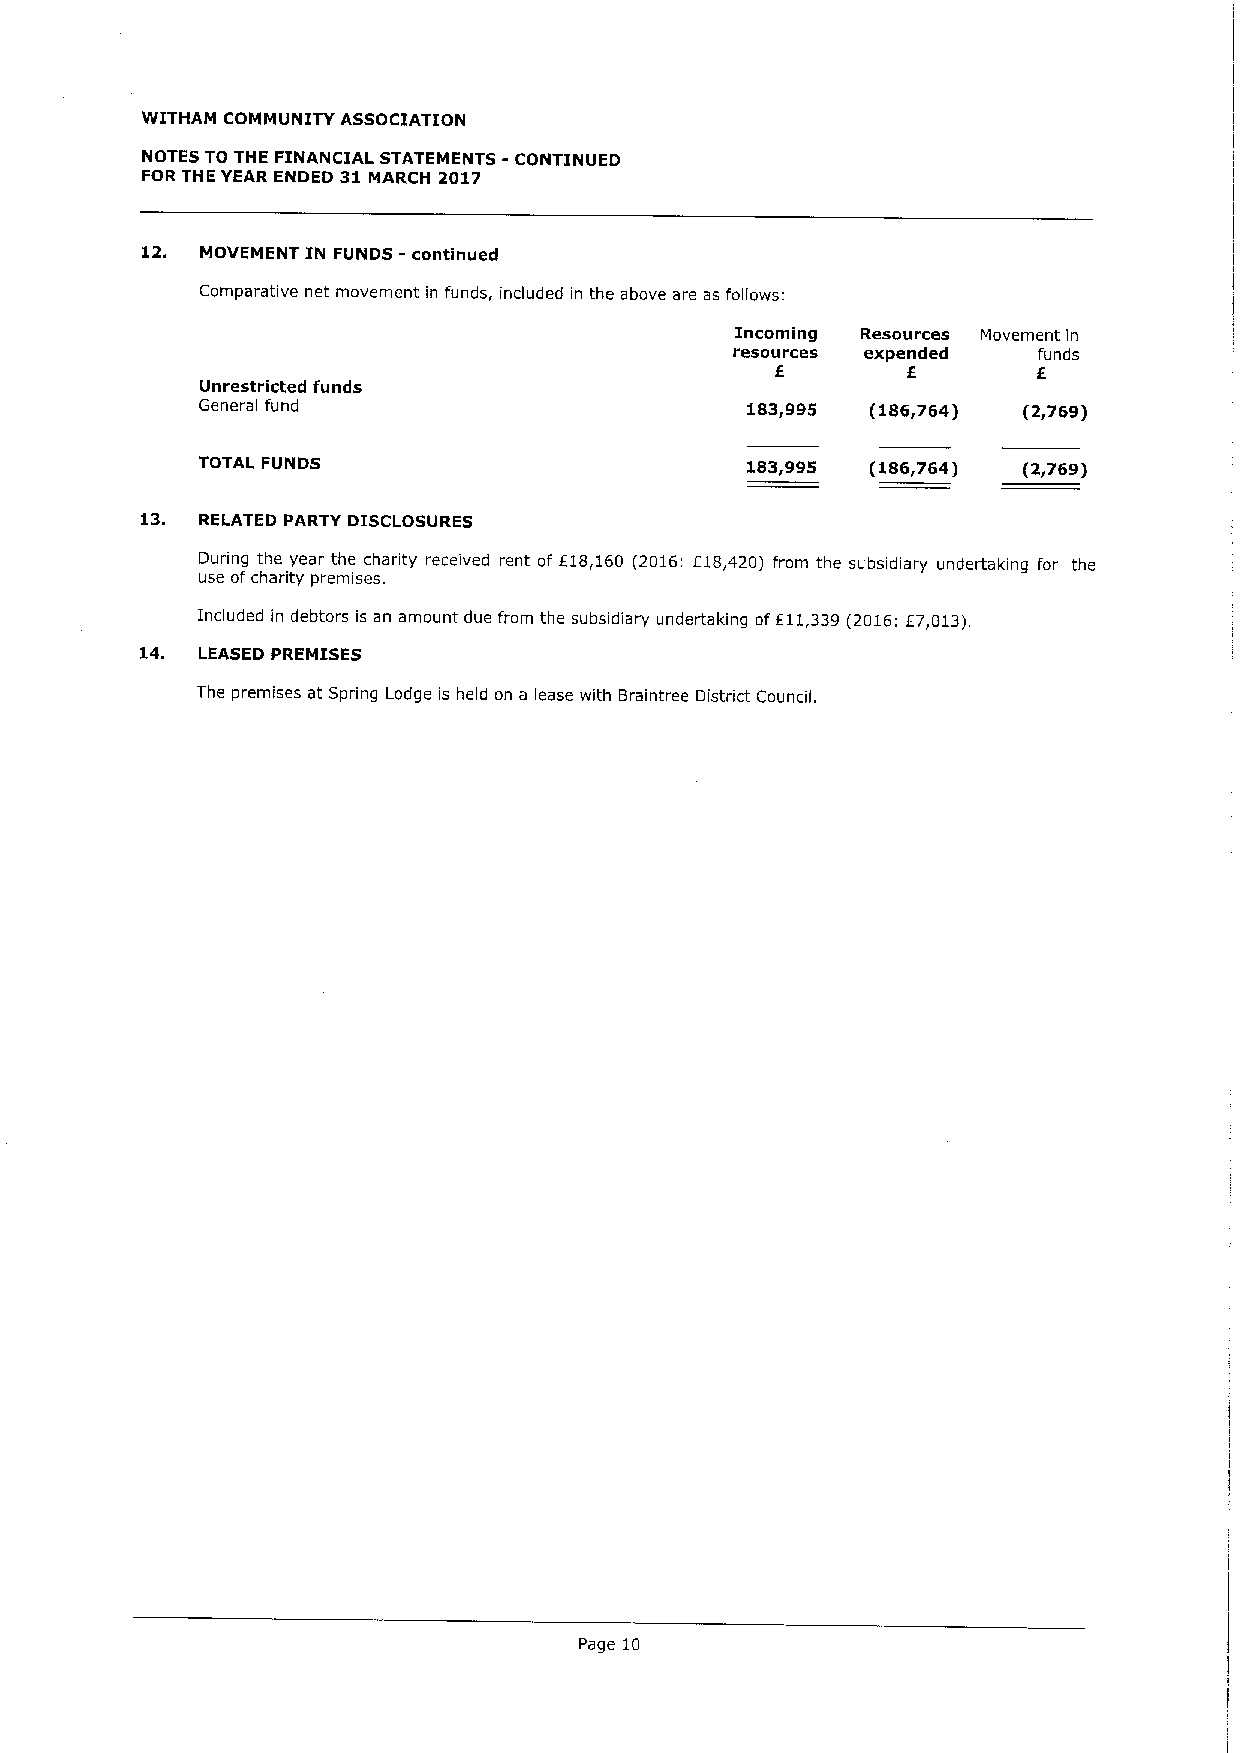
WITHAM COMMUNITY ASSOCIATION
 NOTES TO THE FINANCIAL STATEMENTS - CONTINUED
 FOR THE YEAR ENDED 31MARCH 2017
 12. MOVEMENT IN FUNDS - continued
 Comparative net movement in funds, included in the above are as follows:
 Incoming Resources Movement in
 resources expended  funds
 f
 E                 6
 Unrestricted funds
 General fund                        183,995  (186,764) (2,769)
 TOTAL FUNDS                         183~995  (186~764) (2f769)
 13.
 RELATED PARTY DISCLOSURES
 During the year the charity received rent of f18,160 (2016: f18,420) from the subsidiary undertaking for the
 use ofcharity premises.
 Included in debtors is an amount due from the subsidiary undertaking off11,339(2016:E7,013).
 14. LEASED PREMISES
 The premises at Spring Lodge is held on a lease with Braintree District Council,
 Page 10